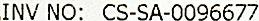
INV NO: CS-SA-0096677